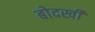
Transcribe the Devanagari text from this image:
बोदखी